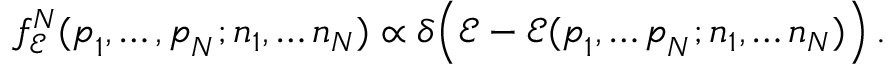
f _ { \mathcal E } ^ { N } ( \boldsymbol { p } _ { 1 } , \dots , \boldsymbol { p } _ { N } ; n _ { 1 } , \dots n _ { N } ) \propto \delta \Bigl ( { \mathcal E } - { \mathcal E } ( \boldsymbol { p } _ { 1 } , \dots \boldsymbol { p } _ { N } ; n _ { 1 } , \dots n _ { N } ) \Bigr ) \, .